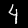
Digit: 4